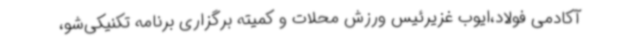
آکادمی فولاد،ایوب غزیرئیس ورزش محلات و کمیته برگزاری برنامه تکنیکی‌شو،